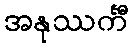
အနုဿင်္ကီ